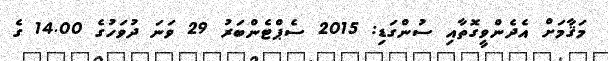
މަޤާމަށް އެދެންވީގޮތާއި ސުންގަޑި: 2015 ސެޕްޓެންބަރު 29 ވަނަ ދުވަހުގެ 14.00 ގެ